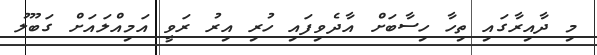
މި ދާއިރާގައި ތިހާ ހިސާބަށް އާދެވިފައި ހުރި އިރު ރަވީ އަމިއްލައަށް ގަބޫލު